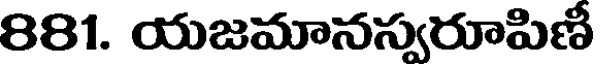
881. యజమానస్వరూపిణీ